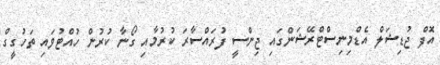
އޮފް ޖުޑިޝަލް އެޑްމިނިސްޓްރޭޝަންގައި ޖިންސީ ފުރައްސާރަ ކުރުމާއި ގޯނާ ކުރުން ހުއްޓުވައި ތަހުގީގް